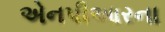
એનપીઆરના